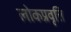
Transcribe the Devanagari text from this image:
लोकप्रवृत्ति